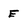
Character: E